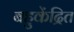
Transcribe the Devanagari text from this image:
बहुकेंद्रित